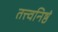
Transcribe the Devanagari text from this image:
तत्त्वनिष्ठं